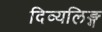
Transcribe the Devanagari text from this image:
दिव्यलिङ्ग